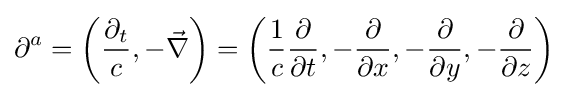
\partial ^{a}=\left({\frac {\partial _{t}}{c}},-{\vec {\nabla }}\right)=\left({\frac {1}{c}}{\frac {\partial }{\partial t}},-{\frac {\partial }{\partial x}},-{\frac {\partial }{\partial y}},-{\frac {\partial }{\partial z}}\right)